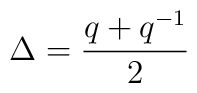
\Delta = \frac{q + q^{-1}}{2}